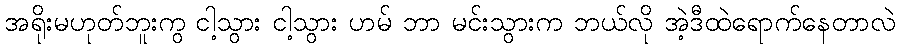
အရိုးမဟုတ်ဘူးကွ ငါ့သွား ငါ့သွား ဟမ် ဘာ မင်းသွားက ဘယ်လို အဲ့ဒီထဲရောက်နေတာလဲ